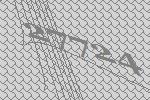
27724